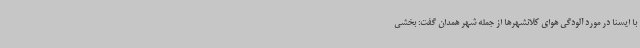
با ایسنا در مورد آلودگی هوای کلانشهرها از جمله شهر همدان گفت: بخشی